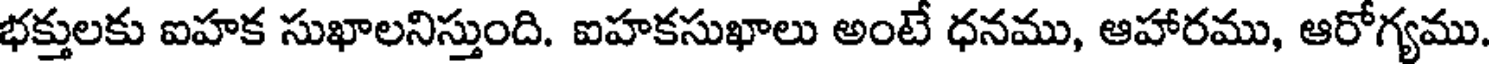
భక్తులకు ఐహక సుఖాలనిస్తుంది. ఐహకసుఖాలు అంటే ధనము, ఆహారము, ఆరోగ్యము